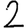
Digit: 2